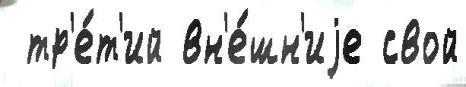
 тр'е́т'ий вн'е́шн'иjе свой